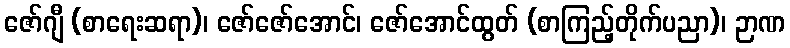
ဇော်ဂျီ (စာရေးဆရာ)၊ ဇော်ဇော်အောင်၊ ဇော်အောင်ထွတ် (စာကြည့်တိုက်ပညာ)၊ ဉာဏ